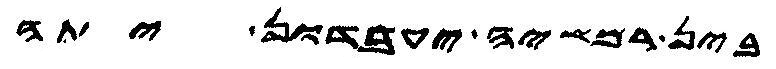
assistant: בין רמשיה יעבדון יתה